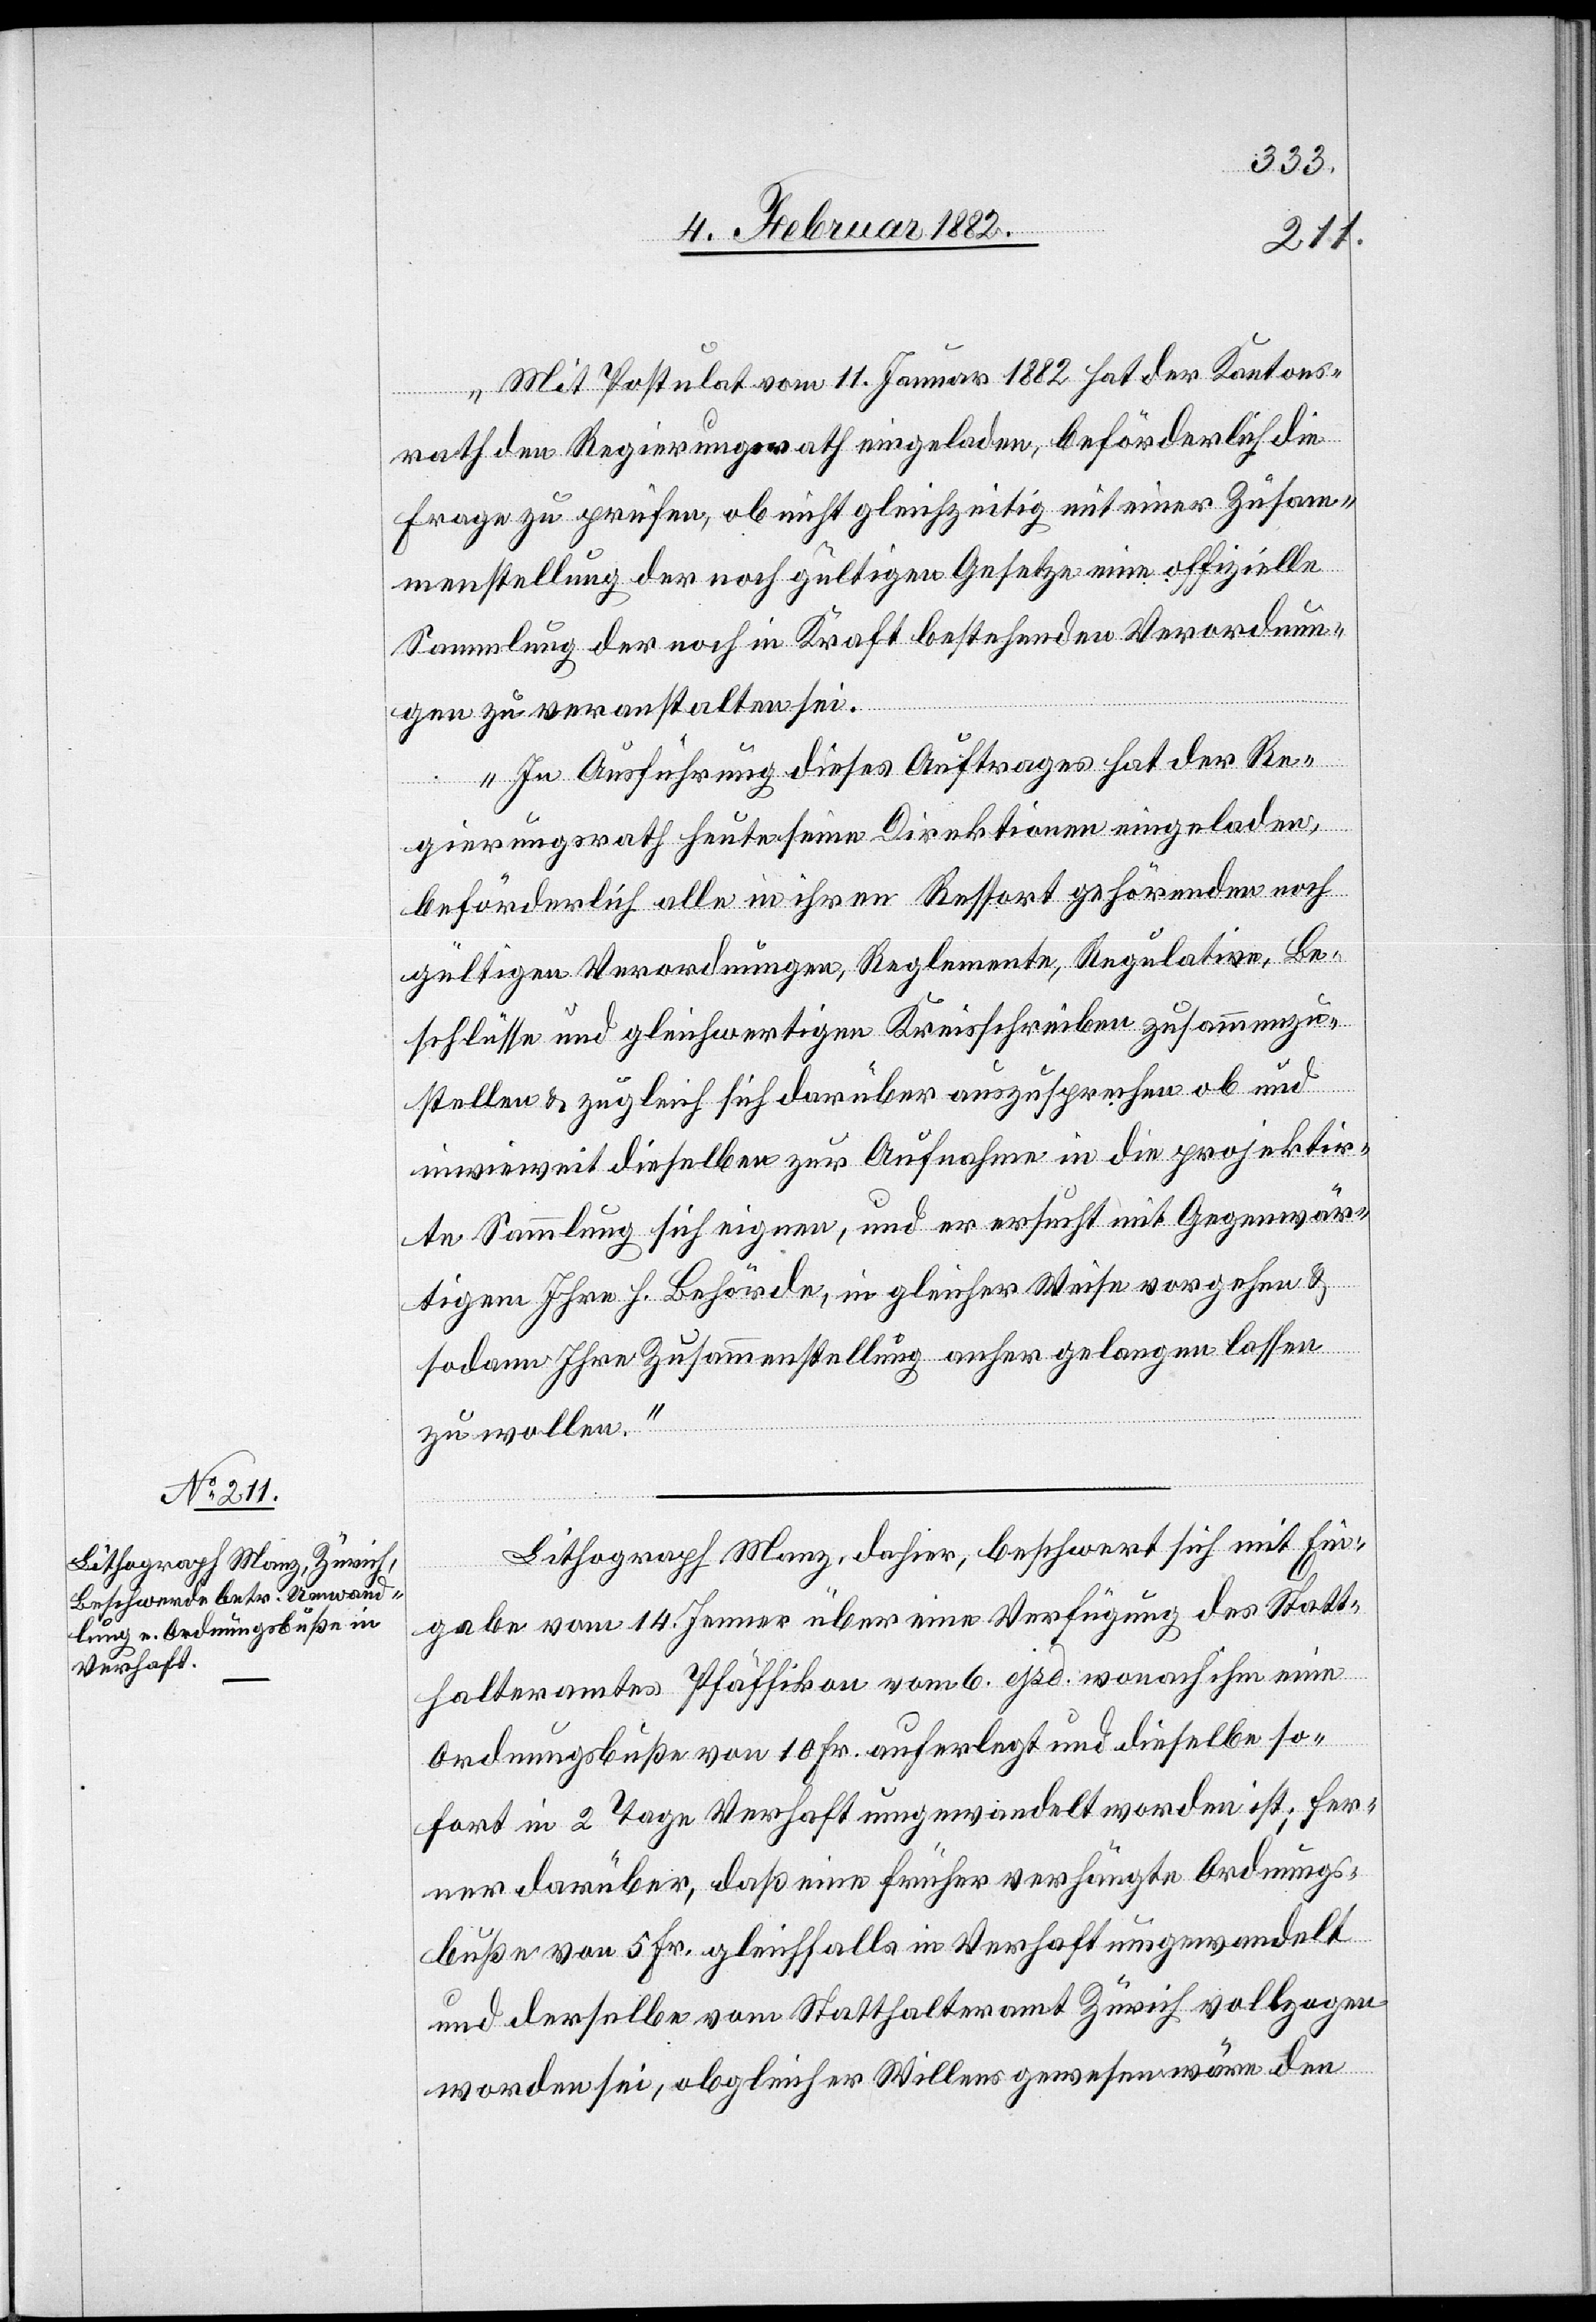
„Mit Postulat vom 11. Januar 1882 hat der Kantons¬
rath den Regierungsrath eingeladen, beförderlich die
Frage zu prüfen, ob nicht gleichzeitig mit einer Zusam¬
menstellung der noch gültigen Gesetze eine offizielle
Sammlung der noch in Kraft bestehenden Verordnun¬
gen zu veranstalten sei.
In Ausführung dieses Auftrages hat der Re¬
gierungsrath heute seine Direktionen eingeladen,
beförderlich alle in ihren Ressort gehörenden noch
gültigen Verordnungen, Reglemente, Regulative, Be¬
schlüsse und gleichwertige Kreisschreiben zusammenzu¬
stellen & zugleich sich darüber auszusprechen ob und
inwieweit dieselben zur Aufnahme in die projektier¬
e Sammlung sich eignen, und er ersucht mit Gegenwär¬
tigem Ihren h. Behörden, in gleicher Weise vorgehen &
sodann Ihre Zusammenstellung anher gelangen lassen
zu wollen.“
Lithograph Manz, dahier, beschwert sich mit Ein¬
gabe vom 14. Januar über eine Verfügung des Statt¬
halteramtes Pfäffikon vom 6. ipo. wonach ihm eine
Ordnungsbuße von 10. Fr. auferlegt und dieselbe so¬
fort in 2 Tagen Verhaft umgewandelt worden ist; fer¬
ner darüber, daß eine früher verhängte Ordnungs¬
buße von 5 Fr. gleichfalls in Verhaft umgewandelt
und derselbe vom Statthalteramt Zürich vollzogen
worden sei, obgleich er Willens gewesen wäre den